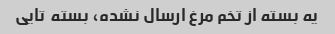
یه بسته از تخم مرغ ارسال نشده، بسته  تایی